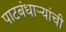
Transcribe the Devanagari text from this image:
पाटबंधाऱ्यांची